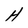
Character: H